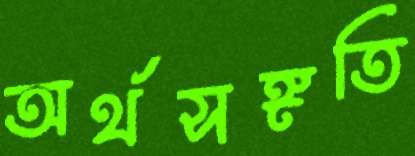
অর্থসঙ্গতি